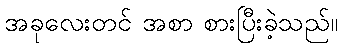
အခုလေးတင် အစာ စားပြီးခဲ့သည်။